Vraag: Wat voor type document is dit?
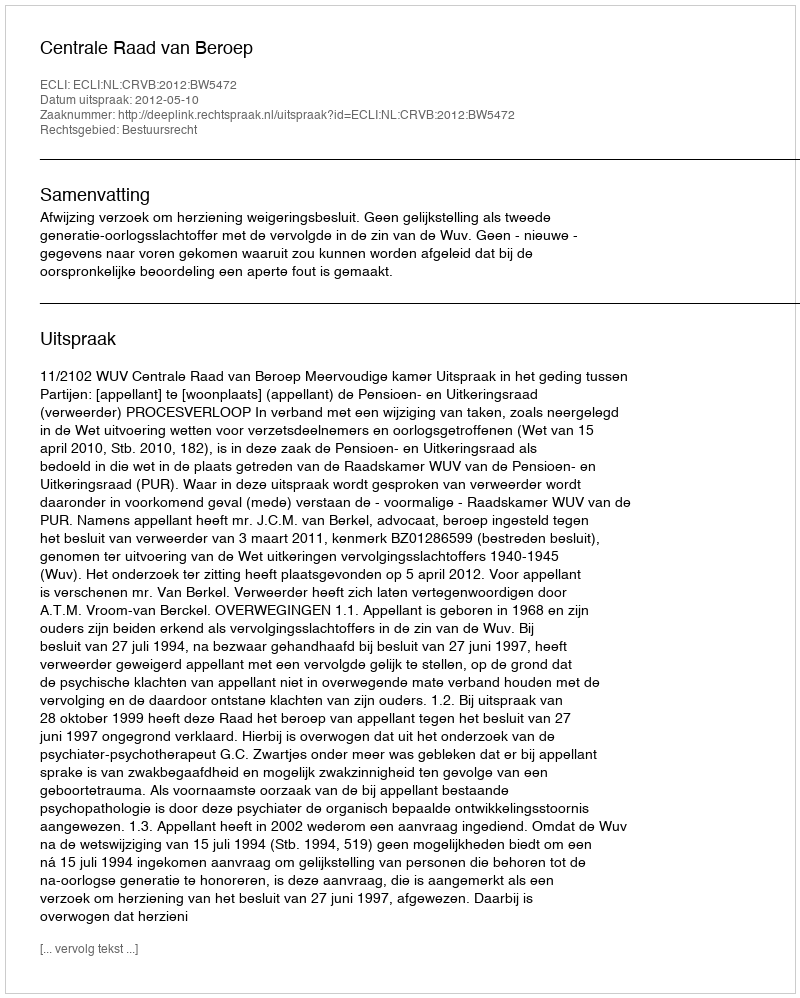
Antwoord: Uitspraak